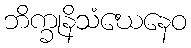
ဘိက္ခုနိသံဃေနေဝ